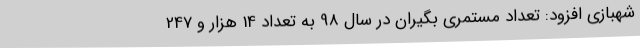
شهبازی افزود: تعداد مستمری بگیران در سال 98 به تعداد 14 هزار و 247